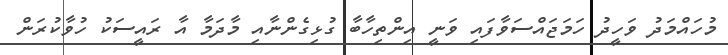
މުހައްމަދު ވަހީދު ހަމަޖައްސަވާފައި ވަނީ އިންތިހާބާ ގުޅިގެންނާއި މާދަމާ އާ ރައީސަކު ހުވާކުރަން